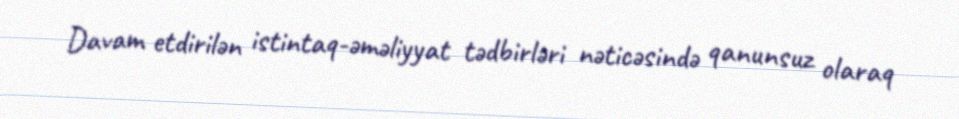
Davam etdirilən istintaq-əməliyyat tədbirləri nəticəsində qanunsuz olaraq